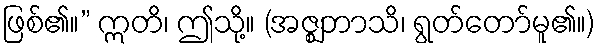
ဖြစ်၏။” ဣတိ၊ ဤသို့။ (အဇ္ဈဘာသိ၊ ရွတ်တော်မူ၏။)